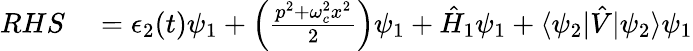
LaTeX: \begin{array}{rl}{RHS}&{{}=\epsilon_{2}(t)\psi_{1}+\left(\frac{p^{2}+\omega_{c}^{2}x^{2}}{2}\right)\psi_{1}+\hat{H}_{1}\psi_{1}+\langle\psi_{2}|\hat{V}|\psi_{2}\rangle\psi_{1}}\end{array}